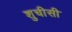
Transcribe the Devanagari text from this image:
शुचीसी